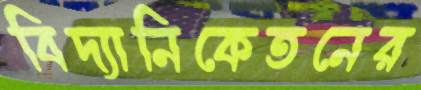
বিদ্যানিকেতনের